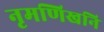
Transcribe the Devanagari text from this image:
नृमणिखनि